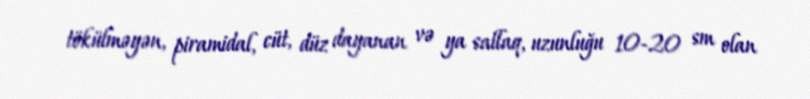
tökülməyən, piramidal, cüt, düz dayanan və ya sallaq, uzunluğu 10-20 sm olan